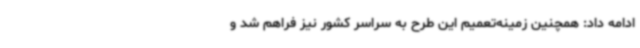
ادامه داد: همچنین زمینه‌تعمیم این طرح به سراسر کشور نیز فراهم شد و